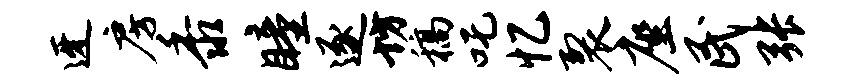
迓房黍瞳逐坊稿吒忆裂座民张